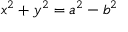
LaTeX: x ^ { 2 } + y ^ { 2 } = a ^ { 2 } - b ^ { 2 }